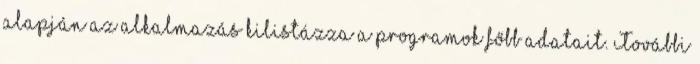
alapján az alkalmazás kilistázza a programok főbb adatait. További